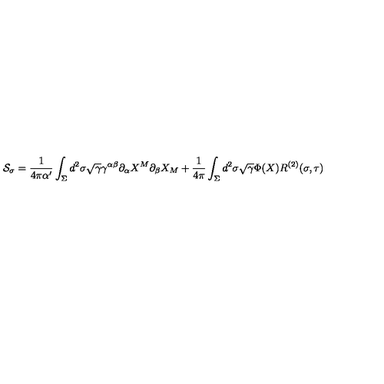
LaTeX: { \cal S } _ { \sigma } = \frac { 1 } { 4 \pi \alpha ^ { \prime } } \int _ { \Sigma } d ^ { 2 } \sigma \sqrt { \gamma } \gamma ^ { \alpha \beta } \partial _ { \alpha } X ^ { M } \partial _ { \beta } X _ { M } + \frac { 1 } { 4 \pi } \int _ { \Sigma } d ^ { 2 } \sigma \sqrt { \gamma } \Phi ( X ) R ^ { ( 2 ) } ( \sigma , \tau )